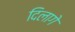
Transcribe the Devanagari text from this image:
दिलागे